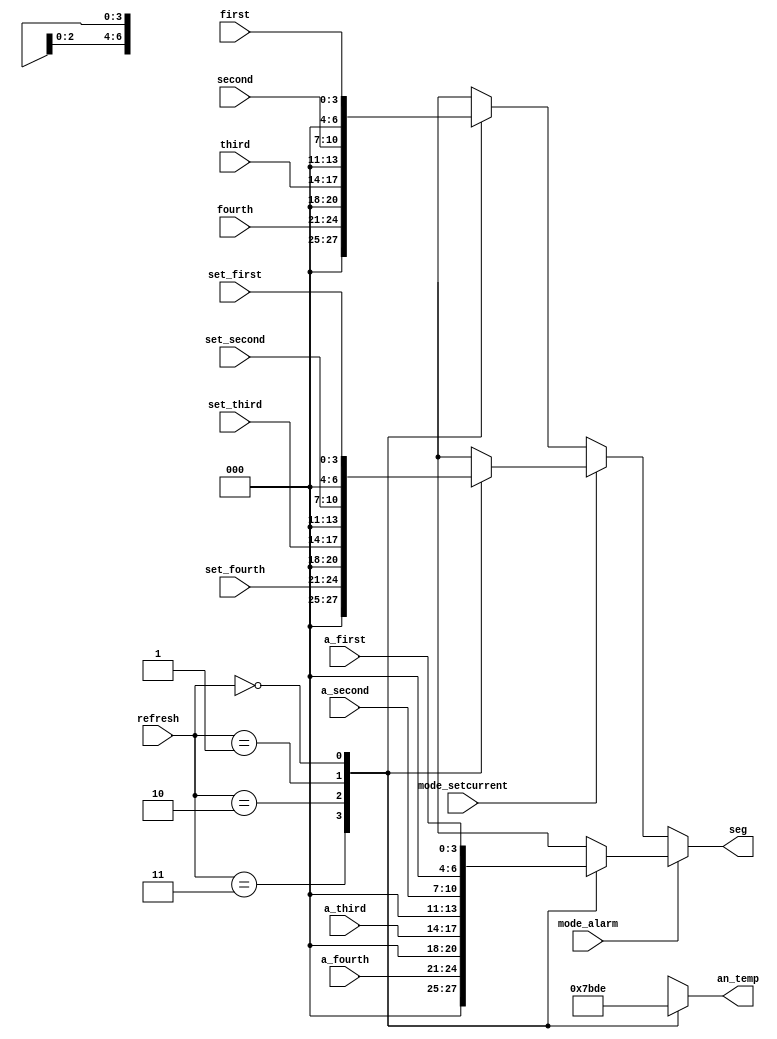
module seg_show(
    input [3:0] first,
    input [3:0] second,
    input [3:0] third,
    input [3:0] fourth,

    input [3:0] a_first,
    input [3:0] a_second,
    input [3:0] a_third,
    input [3:0] a_fourth,
    
    input [3:0] set_first,
    input [3:0] set_second,
    input [3:0] set_third,
    input [3:0] set_fourth,

    input [1:0] refresh,
    input mode_alarm,     //switch
    input mode_setcurrent,
    
    output reg [6:0] seg,
    output reg [3:0] an_temp
    );
    always @(*) 
      begin
		if(mode_alarm == 1)
		begin
			case (refresh)      
				2'b11: begin
					an_temp = 4'b0111;
					seg = a_fourth;
				end
				2'b10: begin
					an_temp = 4'b1011;
					seg = a_third;
				end
				2'b01: begin
					an_temp = 4'b1101;
					seg = a_second;
				end
				2'b00: begin
					an_temp = 4'b1110;
					seg = a_first;
				end
			endcase
		end
		else if(mode_setcurrent == 1)
            begin
                case (refresh)      
                    2'b11: begin
                        an_temp = 4'b0111;
                        seg = set_fourth;
                    end
                    2'b10: begin
                        an_temp = 4'b1011;
                        seg = set_third;
                    end
                    2'b01: begin
                        an_temp = 4'b1101;
                        seg = set_second;
                    end
                    2'b00: begin
                        an_temp = 4'b1110;
                        seg = set_first;
                    end
                endcase
            end
        else
		begin
			case (refresh)      
				2'b11: begin
					an_temp = 4'b0111;
					seg = fourth;
				end
				2'b10: begin
					an_temp = 4'b1011;
					seg = third;
				end
				2'b01: begin
					an_temp = 4'b1101;
					seg = second;
				end
				2'b00: begin
					an_temp = 4'b1110;
					seg = first;
				end
			endcase
		end
    end
endmodule